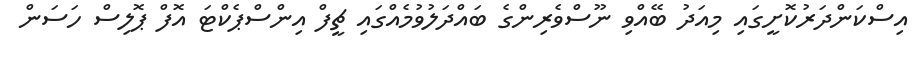
އިސްކަންދަރުކޮށީގައި މިއަދު ބޭއްވި ނޫސްވެރިންގެ ބައްދަލުވުމެއްގައި ޗީފް އިންސްޕެކްޓަ އޮފް ޕޮލިސް ހަސަން